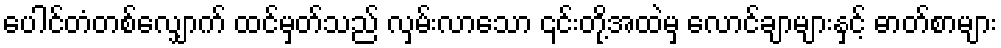
ပေါင်တံတစ်လျှောက် ထင်မှတ်သည် လှမ်းလာသော ၎င်းတို့အထဲမှ လောင်ချာများနှင့် ဓာတ်စာများ